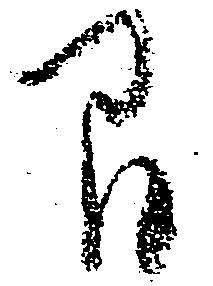
間